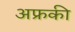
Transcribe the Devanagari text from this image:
अफ्रकी